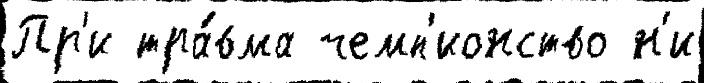
Пр'и тра́вма чемп'ионство н'и